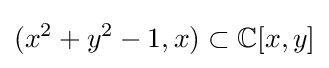
(x^{2}+y^{2}-1,x)\subset \mathbb {C} [x,y]